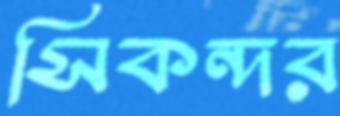
সিকন্দর